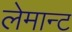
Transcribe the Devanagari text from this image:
लेमान्ट